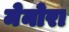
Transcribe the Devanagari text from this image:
मेनोरा